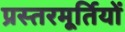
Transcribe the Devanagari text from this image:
प्रस्तरमूर्तियों